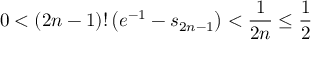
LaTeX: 0 < ( 2 n - 1 ) ! \left( e ^ { - 1 } - s _ { 2 n - 1 } \right) < { \frac { 1 } { 2 n } } \leq { \frac { 1 } { 2 } }